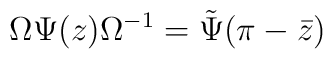
\Omega \Psi(z) \Omega^{-1} = \tilde{\Psi}(\pi - \bar{z})